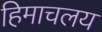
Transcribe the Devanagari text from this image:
हिमाचलय